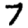
Digit: 7